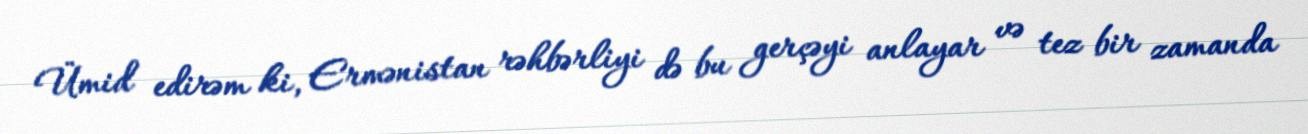
Ümid edirəm ki, Ermənistan rəhbərliyi də bu gerçəyi anlayar və tez bir zamanda